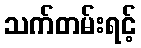
သက်တမ်းရင့်